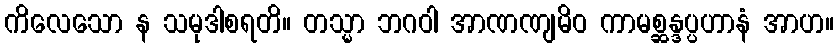
ကိလေသော န သမုဒါစရတိ။ တသ္မာ ဘဂဝါ အာဏဏျမိဝ ကာမစ္ဆန္ဒပ္ပဟာနံ အာဟ။